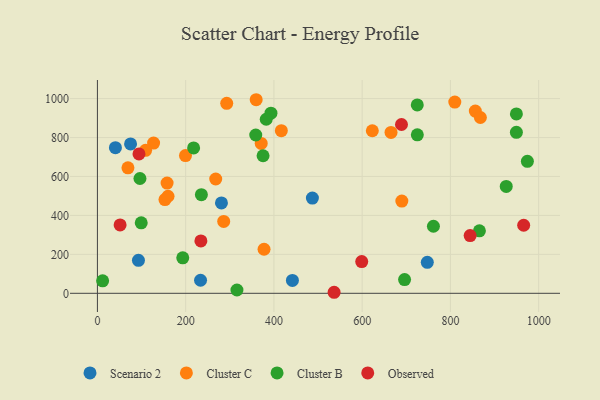
{"axis": {"x": "Ad Spend", "y": "Yield"}, "legend": ["Cluster B", "Cluster C", "Observed", "Scenario 2"], "data": [{"x": "487.2", "y": 489.2, "type": "Scenario 2"}, {"x": "40.8", "y": 748.1, "type": "Scenario 2"}, {"x": "441.9", "y": 66.3, "type": "Scenario 2"}, {"x": "747.6", "y": 159.2, "type": "Scenario 2"}, {"x": "93.0", "y": 169.4, "type": "Scenario 2"}, {"x": "281.1", "y": 464.3, "type": "Scenario 2"}, {"x": "75.1", "y": 767.2, "type": "Scenario 2"}, {"x": "233.7", "y": 67.1, "type": "Scenario 2"}, {"x": "127.3", "y": 771.8, "type": "Cluster C"}, {"x": "359.8", "y": 994.2, "type": "Cluster C"}, {"x": "371.2", "y": 769.6, "type": "Cluster C"}, {"x": "689.9", "y": 473.5, "type": "Cluster C"}, {"x": "153.1", "y": 481.2, "type": "Cluster C"}, {"x": "809.9", "y": 982.2, "type": "Cluster C"}, {"x": "293.0", "y": 975.6, "type": "Cluster C"}, {"x": "286.2", "y": 369.1, "type": "Cluster C"}, {"x": "199.6", "y": 707.5, "type": "Cluster C"}, {"x": "69.2", "y": 644.4, "type": "Cluster C"}, {"x": "268.1", "y": 587.1, "type": "Cluster C"}, {"x": "856.4", "y": 936.1, "type": "Cluster C"}, {"x": "416.8", "y": 835.5, "type": "Cluster C"}, {"x": "109.2", "y": 734.3, "type": "Cluster C"}, {"x": "665.4", "y": 826.5, "type": "Cluster C"}, {"x": "377.6", "y": 226.3, "type": "Cluster C"}, {"x": "160.0", "y": 498.5, "type": "Cluster C"}, {"x": "867.9", "y": 903.0, "type": "Cluster C"}, {"x": "157.9", "y": 566.0, "type": "Cluster C"}, {"x": "623.0", "y": 834.8, "type": "Cluster C"}, {"x": "974.4", "y": 678.0, "type": "Cluster B"}, {"x": "193.4", "y": 182.1, "type": "Cluster B"}, {"x": "358.8", "y": 813.1, "type": "Cluster B"}, {"x": "949.5", "y": 826.9, "type": "Cluster B"}, {"x": "218.0", "y": 746.7, "type": "Cluster B"}, {"x": "235.6", "y": 506.7, "type": "Cluster B"}, {"x": "696.1", "y": 70.5, "type": "Cluster B"}, {"x": "949.5", "y": 921.2, "type": "Cluster B"}, {"x": "99.3", "y": 361.9, "type": "Cluster B"}, {"x": "11.8", "y": 64.1, "type": "Cluster B"}, {"x": "865.7", "y": 320.9, "type": "Cluster B"}, {"x": "761.5", "y": 344.5, "type": "Cluster B"}, {"x": "316.2", "y": 17.0, "type": "Cluster B"}, {"x": "724.9", "y": 967.5, "type": "Cluster B"}, {"x": "375.4", "y": 706.5, "type": "Cluster B"}, {"x": "96.4", "y": 589.6, "type": "Cluster B"}, {"x": "926.5", "y": 549.0, "type": "Cluster B"}, {"x": "393.3", "y": 925.0, "type": "Cluster B"}, {"x": "382.6", "y": 894.0, "type": "Cluster B"}, {"x": "725.0", "y": 813.7, "type": "Cluster B"}, {"x": "599.0", "y": 162.9, "type": "Observed"}, {"x": "234.5", "y": 269.1, "type": "Observed"}, {"x": "94.2", "y": 715.9, "type": "Observed"}, {"x": "536.4", "y": 5.3, "type": "Observed"}, {"x": "51.4", "y": 351.1, "type": "Observed"}, {"x": "689.1", "y": 867.0, "type": "Observed"}, {"x": "966.0", "y": 349.4, "type": "Observed"}, {"x": "844.7", "y": 296.4, "type": "Observed"}]}